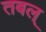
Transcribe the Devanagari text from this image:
तबल्